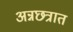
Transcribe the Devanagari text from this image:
अन्नछत्रात